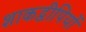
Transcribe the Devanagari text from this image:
शाकद्वीपियों